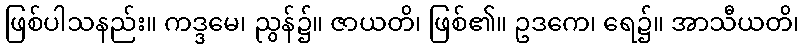
ဖြစ်ပါသနည်း။ ကဒ္ဒမေ၊ ညွန်၌။ ဇာယတိ၊ ဖြစ်၏။ ဥဒကေ၊ ရေ၌။ အာသီယတိ၊